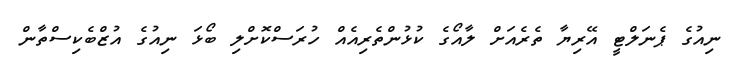
ނިއުގެ ޕެނަލްޓީ އޭރިޔާ ތެރެއަށް ލާއޯގެ ކުޅުންތެރިއެއް ހުރަސްކޮށްލި ބޯޅަ ނިއުގެ އުޒްބެކިސްތާން